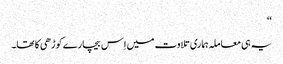
‘‘
یہ ہی معاملہ ہماری تلاوت میں اِس بیچارے کوڑھی کا تھا۔